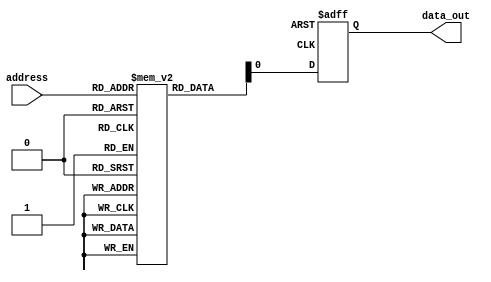
module Fuse_ROM (
    input wire [9:0] address,
    output reg data_out
);

// Declare memory array
reg [31:0] memory [0:1023];

// Initialize memory content (example data)
integer i;
initial begin
    for(i = 0; i < 1024; i = i + 1) begin
        memory[i] = 32'hFFFFFFFF; // Default value (all fuses intact, representing logic 0)
    end
    
    // Program specific fuses with logic 1 values
    memory[0] = 32'hABCDEFFF; // Example value at address 0
    // Add more programmed memory locations as needed
end

// Read operation
always @(posedge clk or posedge rst) begin
    if (rst) begin
        data_out <= 1'b0; // Reset output data
    end else begin
        data_out <= memory[address]; // Read data from memory at provided address
    end
end

endmodule